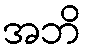
အဘိ